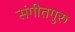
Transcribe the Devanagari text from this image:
संगीतगुरु